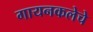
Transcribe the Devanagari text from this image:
गायनकलेचे